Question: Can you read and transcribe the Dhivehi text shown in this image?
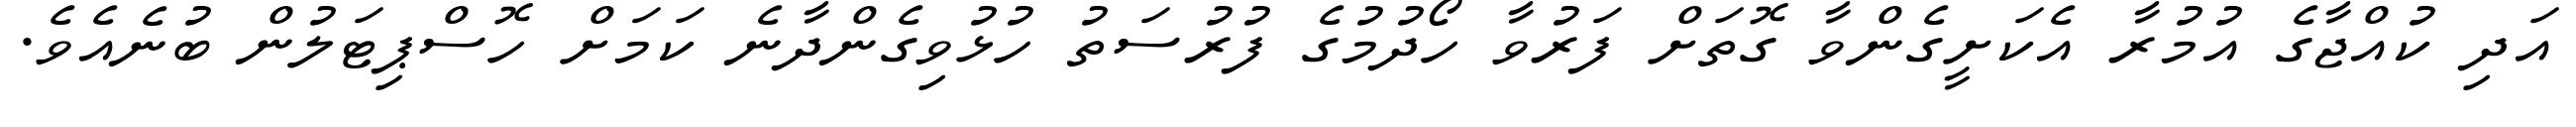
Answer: އަދި ކުއްޖާގެ އުމުރާ އެކަށީގެންވާ ގޮތަށް ފަރުވާ ހޯދުމުގެ ފުރުސަތު ހުޅުވިގެންދާނެ ކަމަށް ހޮސްޕިޓަލުން ބުނެއެވެ.